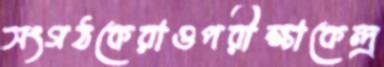
সংগঠকেরাওপরীক্ষাকেন্দ্র